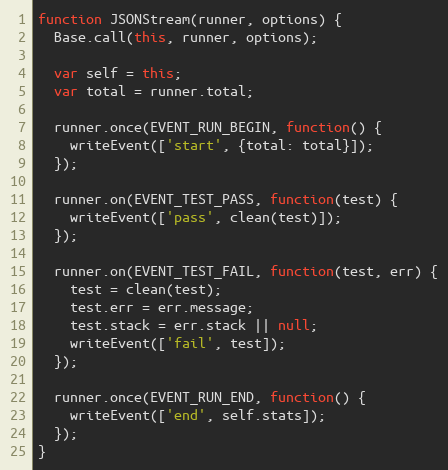
Language: JavaScript
function JSONStream(runner, options) {
  Base.call(this, runner, options);

  var self = this;
  var total = runner.total;

  runner.once(EVENT_RUN_BEGIN, function() {
    writeEvent(['start', {total: total}]);
  });

  runner.on(EVENT_TEST_PASS, function(test) {
    writeEvent(['pass', clean(test)]);
  });

  runner.on(EVENT_TEST_FAIL, function(test, err) {
    test = clean(test);
    test.err = err.message;
    test.stack = err.stack || null;
    writeEvent(['fail', test]);
  });

  runner.once(EVENT_RUN_END, function() {
    writeEvent(['end', self.stats]);
  });
}